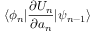
\langle \phi _ { n } | \frac { \partial U _ { n } } { \partial a _ { n } } | \psi _ { n - 1 } \rangle